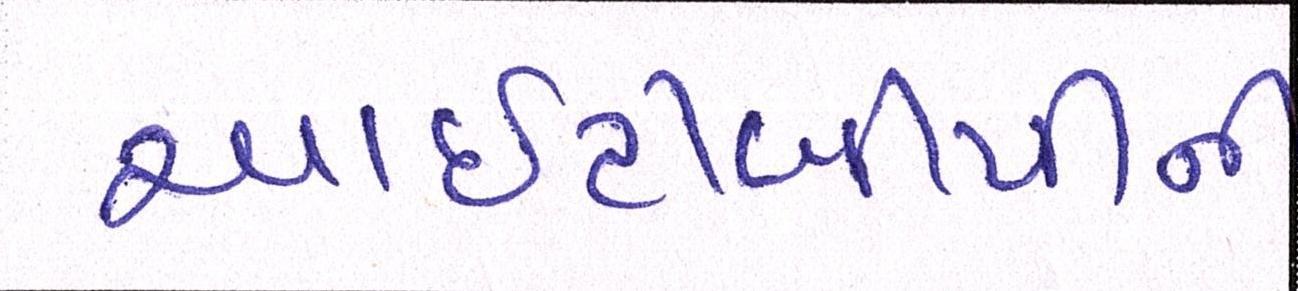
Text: આઇટીબીપીની